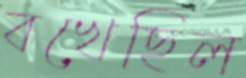
বখেছিল